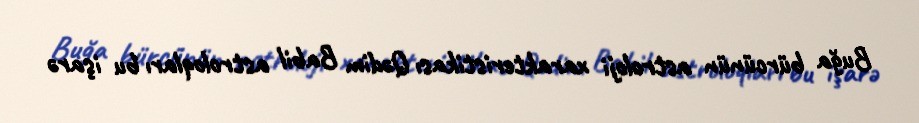
Buğa bürcünün astroloji xarakteristikası Qədim Babil astroloqları bu işarə